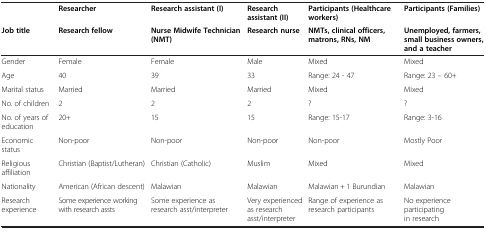
<table><thead><tr><td><b> </b></td><td><b>Researcher</b></td><td><b>Research assistant (I)</b></td><td><b>Research assistant (II)</b></td><td><b>Participants (Healthcare workers)</b></td><td><b>Participants (Families)</b></td></tr><tr><td><b>Job title</b></td><td><b>Research fellow</b></td><td><b>Nurse Midwife Technician (NMT)</b></td><td><b>Research nurse</b></td><td><b>NMTs, clinical officers, matrons, RNs, NM</b></td><td><b>Unemployed, farmers, small business owners, and a teacher</b></td></tr></thead><tbody><tr><td>Gender</td><td>Female</td><td>Female</td><td>Male</td><td>Mixed</td><td>Mixed</td></tr><tr><td>Age</td><td>40</td><td>39</td><td>33</td><td>Range: 24 - 47</td><td>Range: 23 – 60+</td></tr><tr><td>Marital status</td><td>Married</td><td>Married</td><td>Married</td><td>Mixed</td><td>Mixed</td></tr><tr><td>No. of children</td><td>2</td><td>2</td><td>2</td><td>?</td><td>?</td></tr><tr><td>No. of years of education</td><td>20+</td><td>15</td><td>15</td><td>Range: 15-17</td><td>Range: 3-16</td></tr><tr><td>Economic status</td><td>Non-poor</td><td>Non-poor</td><td>Non-poor</td><td>Non-poor</td><td>Mostly Poor</td></tr><tr><td>Religious affiliation</td><td>Christian (Baptist/Lutheran)</td><td>Christian (Catholic)</td><td>Muslim</td><td>Mixed</td><td>Mixed</td></tr><tr><td>Nationality</td><td>American (African descent)</td><td>Malawian</td><td>Malawian</td><td>Malawian + 1 Burundian</td><td>Malawian</td></tr><tr><td>Research experience</td><td>Some experience working with research assts</td><td>Some experience as research asst/interpreter</td><td>Very experienced as research asst/interpreter</td><td>Range of experience as research participants</td><td>No experience participating in research</td></tr></tbody></table>